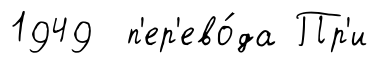
1949 п'ер'ево́да Пр'и